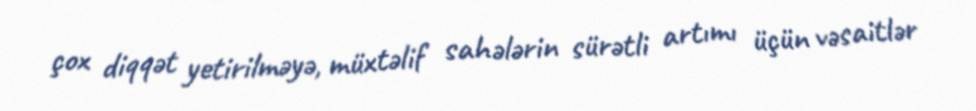
çox diqqət yetirilməyə, müxtəlif sahələrin sürətli artımı üçün vəsaitlər